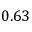
0 . 6 3